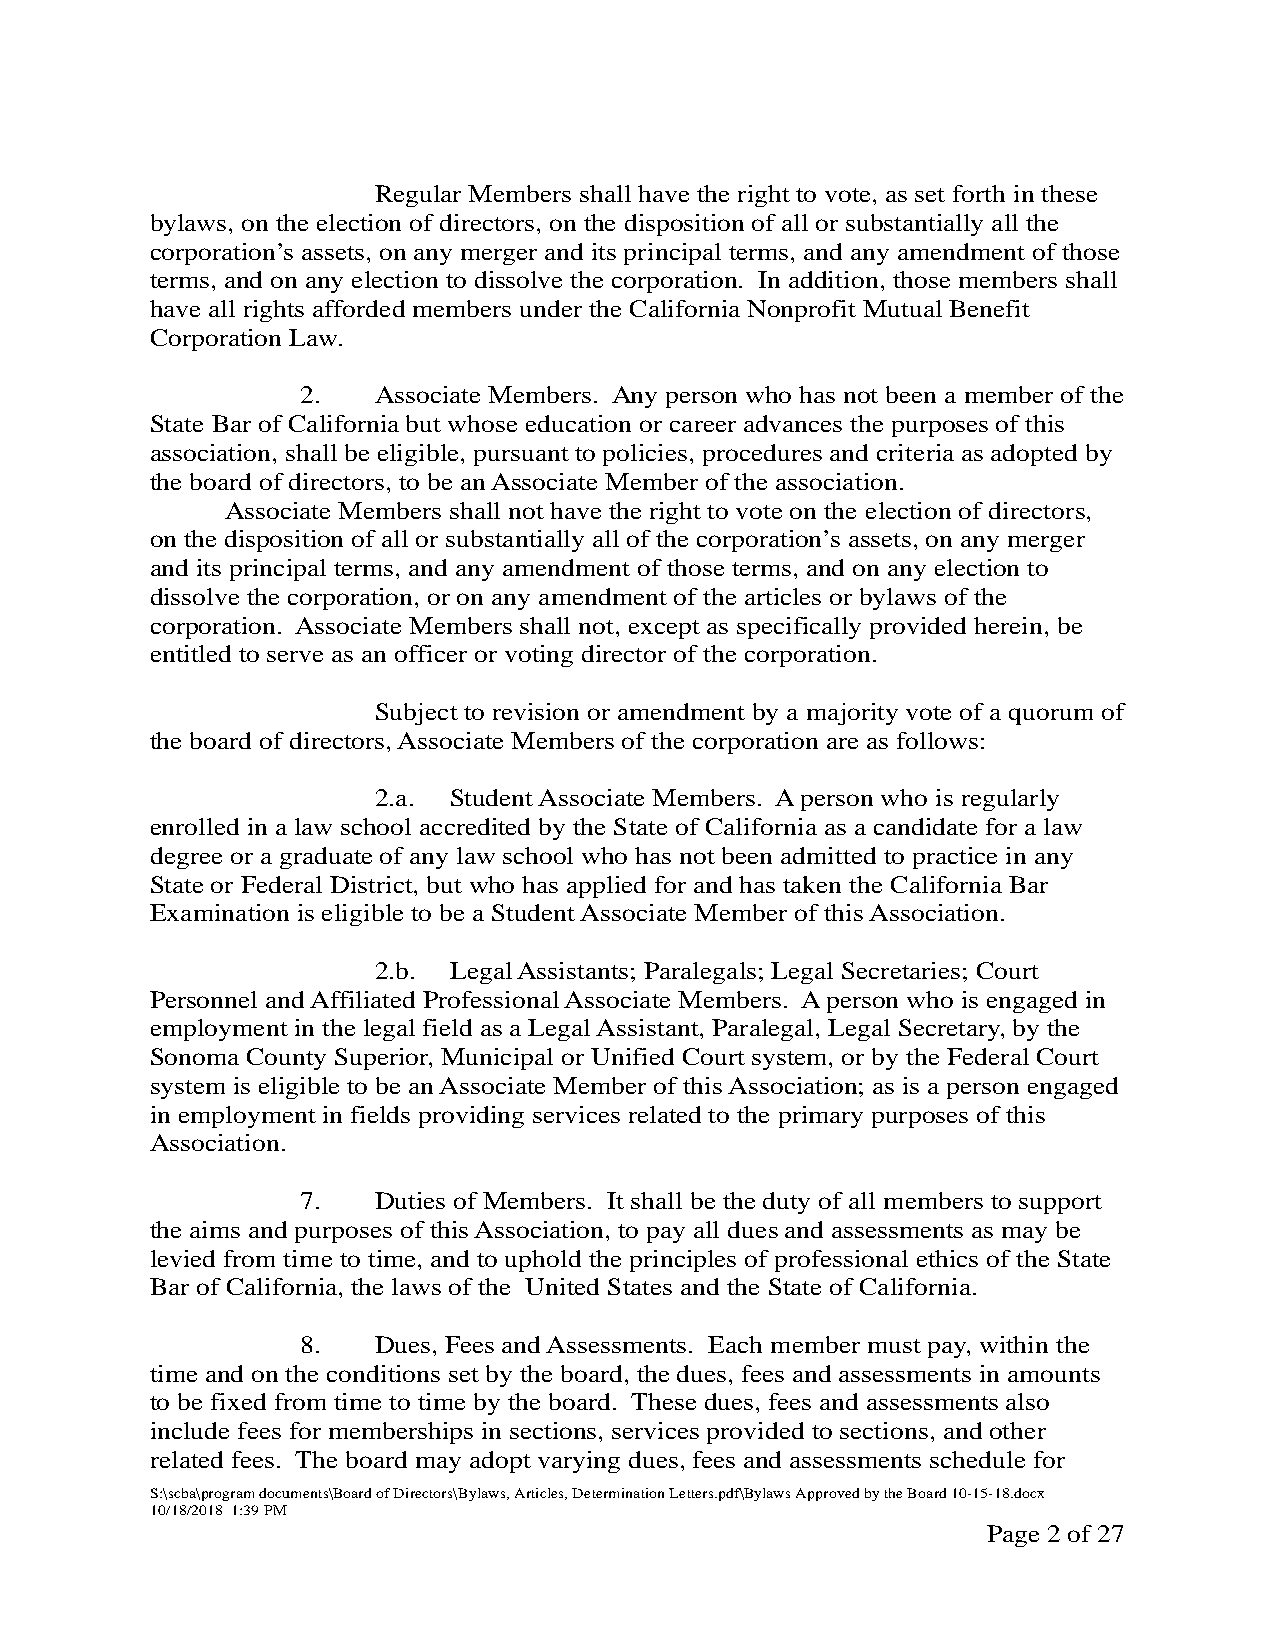
Regular Members shall have the right to vote, as set forth in these
 bylaws, on the election of directors, on the disposition of all or substantially all the
 corporation’s assets, on any merger and its principal terms, and any amendment of those
 terms, and on any election to dissolve the corporation. In addition, those members shall
 have all rights afforded members under the California Nonprofit Mutual Benefit
 Corporation Law.
 2.   Associate Members. Any person who has not been a member of the
 State Bar of California but whose education or career advances the purposes of this
 association, shall be eligible, pursuant to policies, procedures and criteria as adopted by
 the board of directors, to be an Associate Member of the association.
 Associate Members shall not have the right to vote on the election of directors,
 on the disposition of all or substantially all of the corporation’s assets, on any merger
 and its principal terms, and any amendment of those terms, and on any election to
 dissolve the corporation, or on any amendment of the articles or bylaws of the
 corporation. Associate Members shall not, except as specifically provided herein, be
 entitled to serve as an officer or voting director of the corporation.
 Subject to revision or amendment by a majority vote of a quorum of
 the board of directors, Associate Members of the corporation are as follows:
 2.a. Student Associate Members. A person who is regularly
 enrolled in a law school accredited by the State of California as a candidate for a law
 degree or a graduate of any law school who has not been admitted to practice in any
 State or Federal District, but who has applied for and has taken the California Bar
 Examination is eligible to be a Student Associate Member of this Association.
 2.b. Legal Assistants; Paralegals; Legal Secretaries; Court
 Personnel and Affiliated Professional Associate Members. A person who is engaged in
 employment in the legal field as a Legal Assistant, Paralegal, Legal Secretary, by the
 Sonoma County Superior, Municipal or Unified Court system, or by the Federal Court
 system is eligible to be an Associate Member of this Association; as is a person engaged
 in employment in fields providing services related to the primary purposes of this
 Association.
 7.   Duties of Members. It shall be the duty of all members to support
 the aims and purposes of this Association, to pay all dues and assessments as may be
 levied from time to time, and to uphold the principles of professional ethics of the State
 Bar of California, the laws of the United States and the State of California.
 8.   Dues, Fees and Assessments. Each member must pay, within the
 time and on the conditions set by the board, the dues, fees and assessments in amounts
 to be fixed from time to time by the board. These dues, fees and assessments also
 include fees for memberships in sections, services provided to sections, and other
 related fees. The board may adopt varying dues, fees and assessments schedule for
 S:\scba\program documents\Board of Directors\Bylaws, Articles, Determination Letters.pdf\Bylaws Approved by the Board 10-15-18.docx
 10/18/2018 1:39 PM
 Page 2 of 27